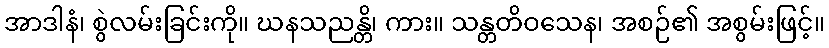
အာဒါနံ၊ စွဲလမ်းခြင်းကို။ ဃနသညန္တိ၊ ကား။ သန္တတိဝသေန၊ အစဉ်၏ အစွမ်းဖြင့်။